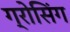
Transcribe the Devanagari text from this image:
ग्रोसिंग